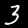
Label: 3